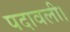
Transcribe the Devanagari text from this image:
पदावली।